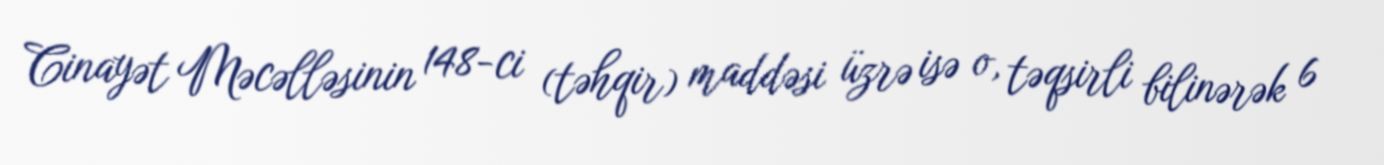
Cinayət Məcəlləsinin 148-ci (təhqir) maddəsi üzrə isə o, təqsirli bilinərək 6